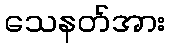
သေနတ်အား